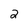
Character: 2